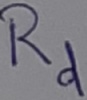
Text: Rd